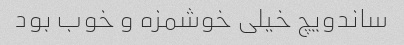
ساندویچ خیلی خوشمزه و خوب بود